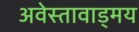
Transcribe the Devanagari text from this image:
अवेस्तावाड्मय